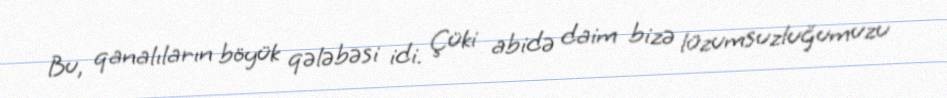
Bu, qanalıların böyük qələbəsi idi. Çüki abidə daim bizə lüzumsuzluğumuzu